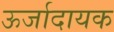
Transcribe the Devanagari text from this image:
ऊर्जादायक